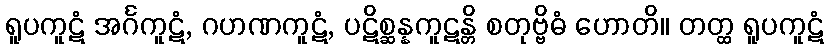
ရူပကူဋံ အင်္ဂကူဋံ, ဂဟဏကူဋံ, ပဋိစ္ဆန္နကူဋန္တိ စတုဗ္ဗိဓံ ဟောတိ။ တတ္ထ ရူပကူဋံ